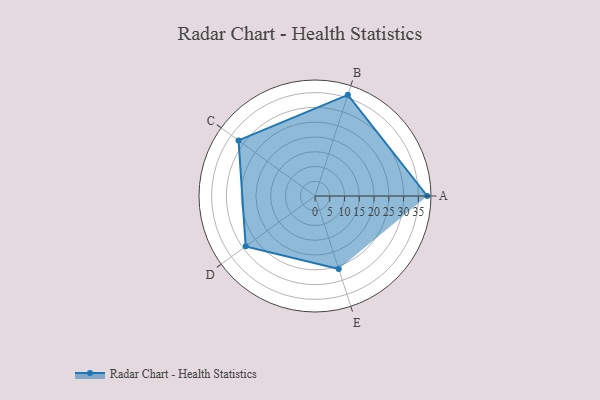
{"axis": {"x": "Skill", "y": "Score"}, "legend": ["Profile"], "data": [{"x": "A", "y": 38.0, "type": "Profile"}, {"x": "B", "y": 36.0, "type": "Profile"}, {"x": "C", "y": 32.0, "type": "Profile"}, {"x": "D", "y": 29.0, "type": "Profile"}, {"x": "E", "y": 26.0, "type": "Profile"}]}